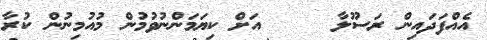
އެއްފަދައިން ރަސޫލާ     އަށް ކިޔަމަންނުވުމުން މުއުމިނުން ކުރާ